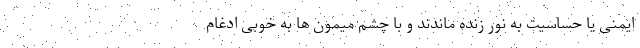
ایمنی یا حساسیت به نور زنده ماندند و با چشم میمون ها به خوبی ادغام